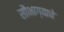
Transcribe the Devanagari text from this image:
सौभाग्याचे